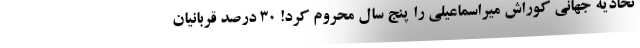
تحادیه جهانی کوراش میراسماعیلی را پنج سال محروم کرد! ۳۰ درصد قربانیان